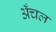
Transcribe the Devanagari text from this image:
अँचल